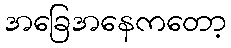
အခြေအနေကတော့